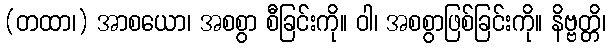
(တထာ၊) အာစယော၊ အစစွာ စီခြင်းကို။ ဝါ၊ အစစွာဖြစ်ခြင်းကို။ နိဗ္ဗတ္တိ၊